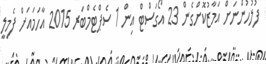
ފުލުހުންނަށް އަމާޒުކޮށްގެން 23 އޯގަސްޓް އިން 1 ސެޕްޓެމްބަރ 2015 އާހަމައަށް ފެމިލީ